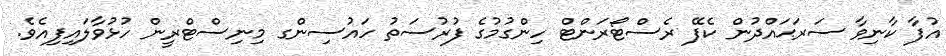
އުފާ ކާނިވާ ސަރަޙައްދުން ކެފޭ ރެސްޓޯރަންޓް ހިންގުމުގެ ފުރުސަތު ހައުސިންގ މިނިސްޓްރީން ހުޅުވާލައިފިއެވެ.